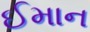
ઈમાન